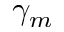
\gamma _ { m }